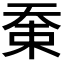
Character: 𡘸